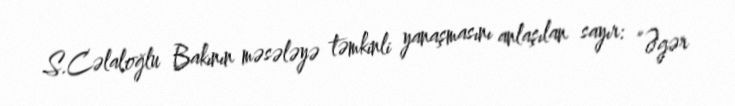
S.Cəlaloğlu Bakının məsələyə təmkinli yanaşmasını anlaşılan sayır: “Əgər